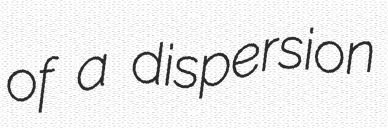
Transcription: of a dispersion